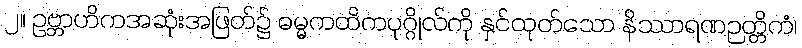
၂။ ဥဗ္ဘာဟိကအဆုံးအဖြတ်၌ ဓမ္မကထိကပုဂ္ဂိုလ်ကို နှင်ထုတ်သော နိဿာရဏဉတ္တိကံ၊